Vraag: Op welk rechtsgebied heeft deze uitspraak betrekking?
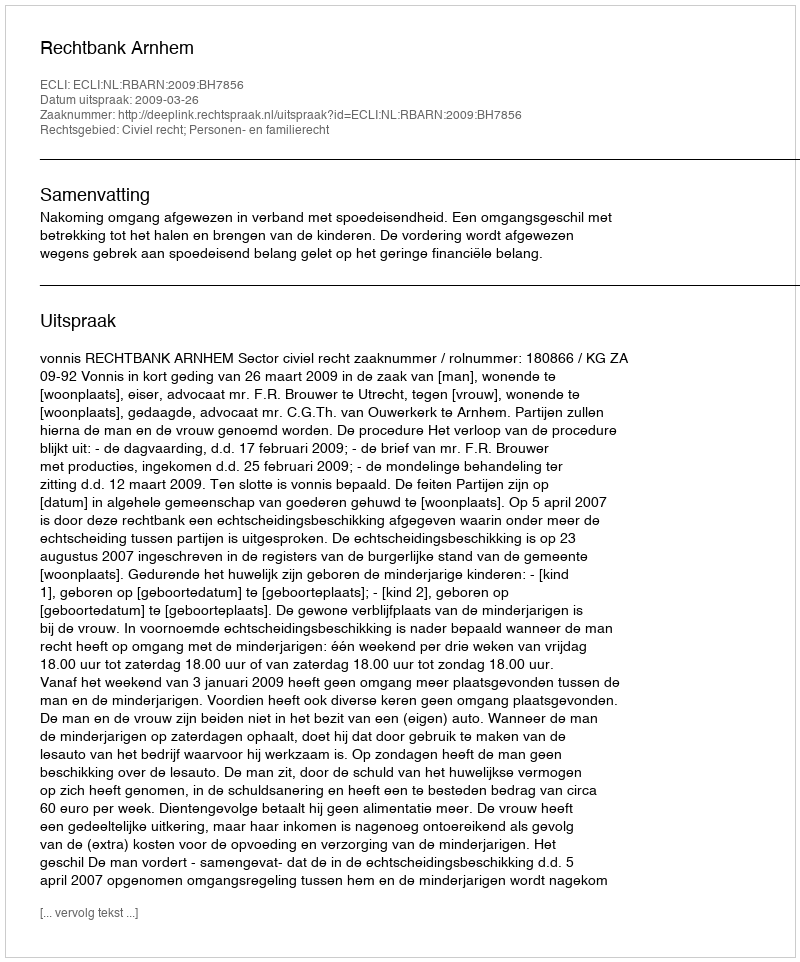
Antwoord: Civiel recht; Personen- en familierecht